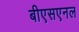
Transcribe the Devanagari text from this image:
बीएसएनल